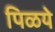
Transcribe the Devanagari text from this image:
पिळये